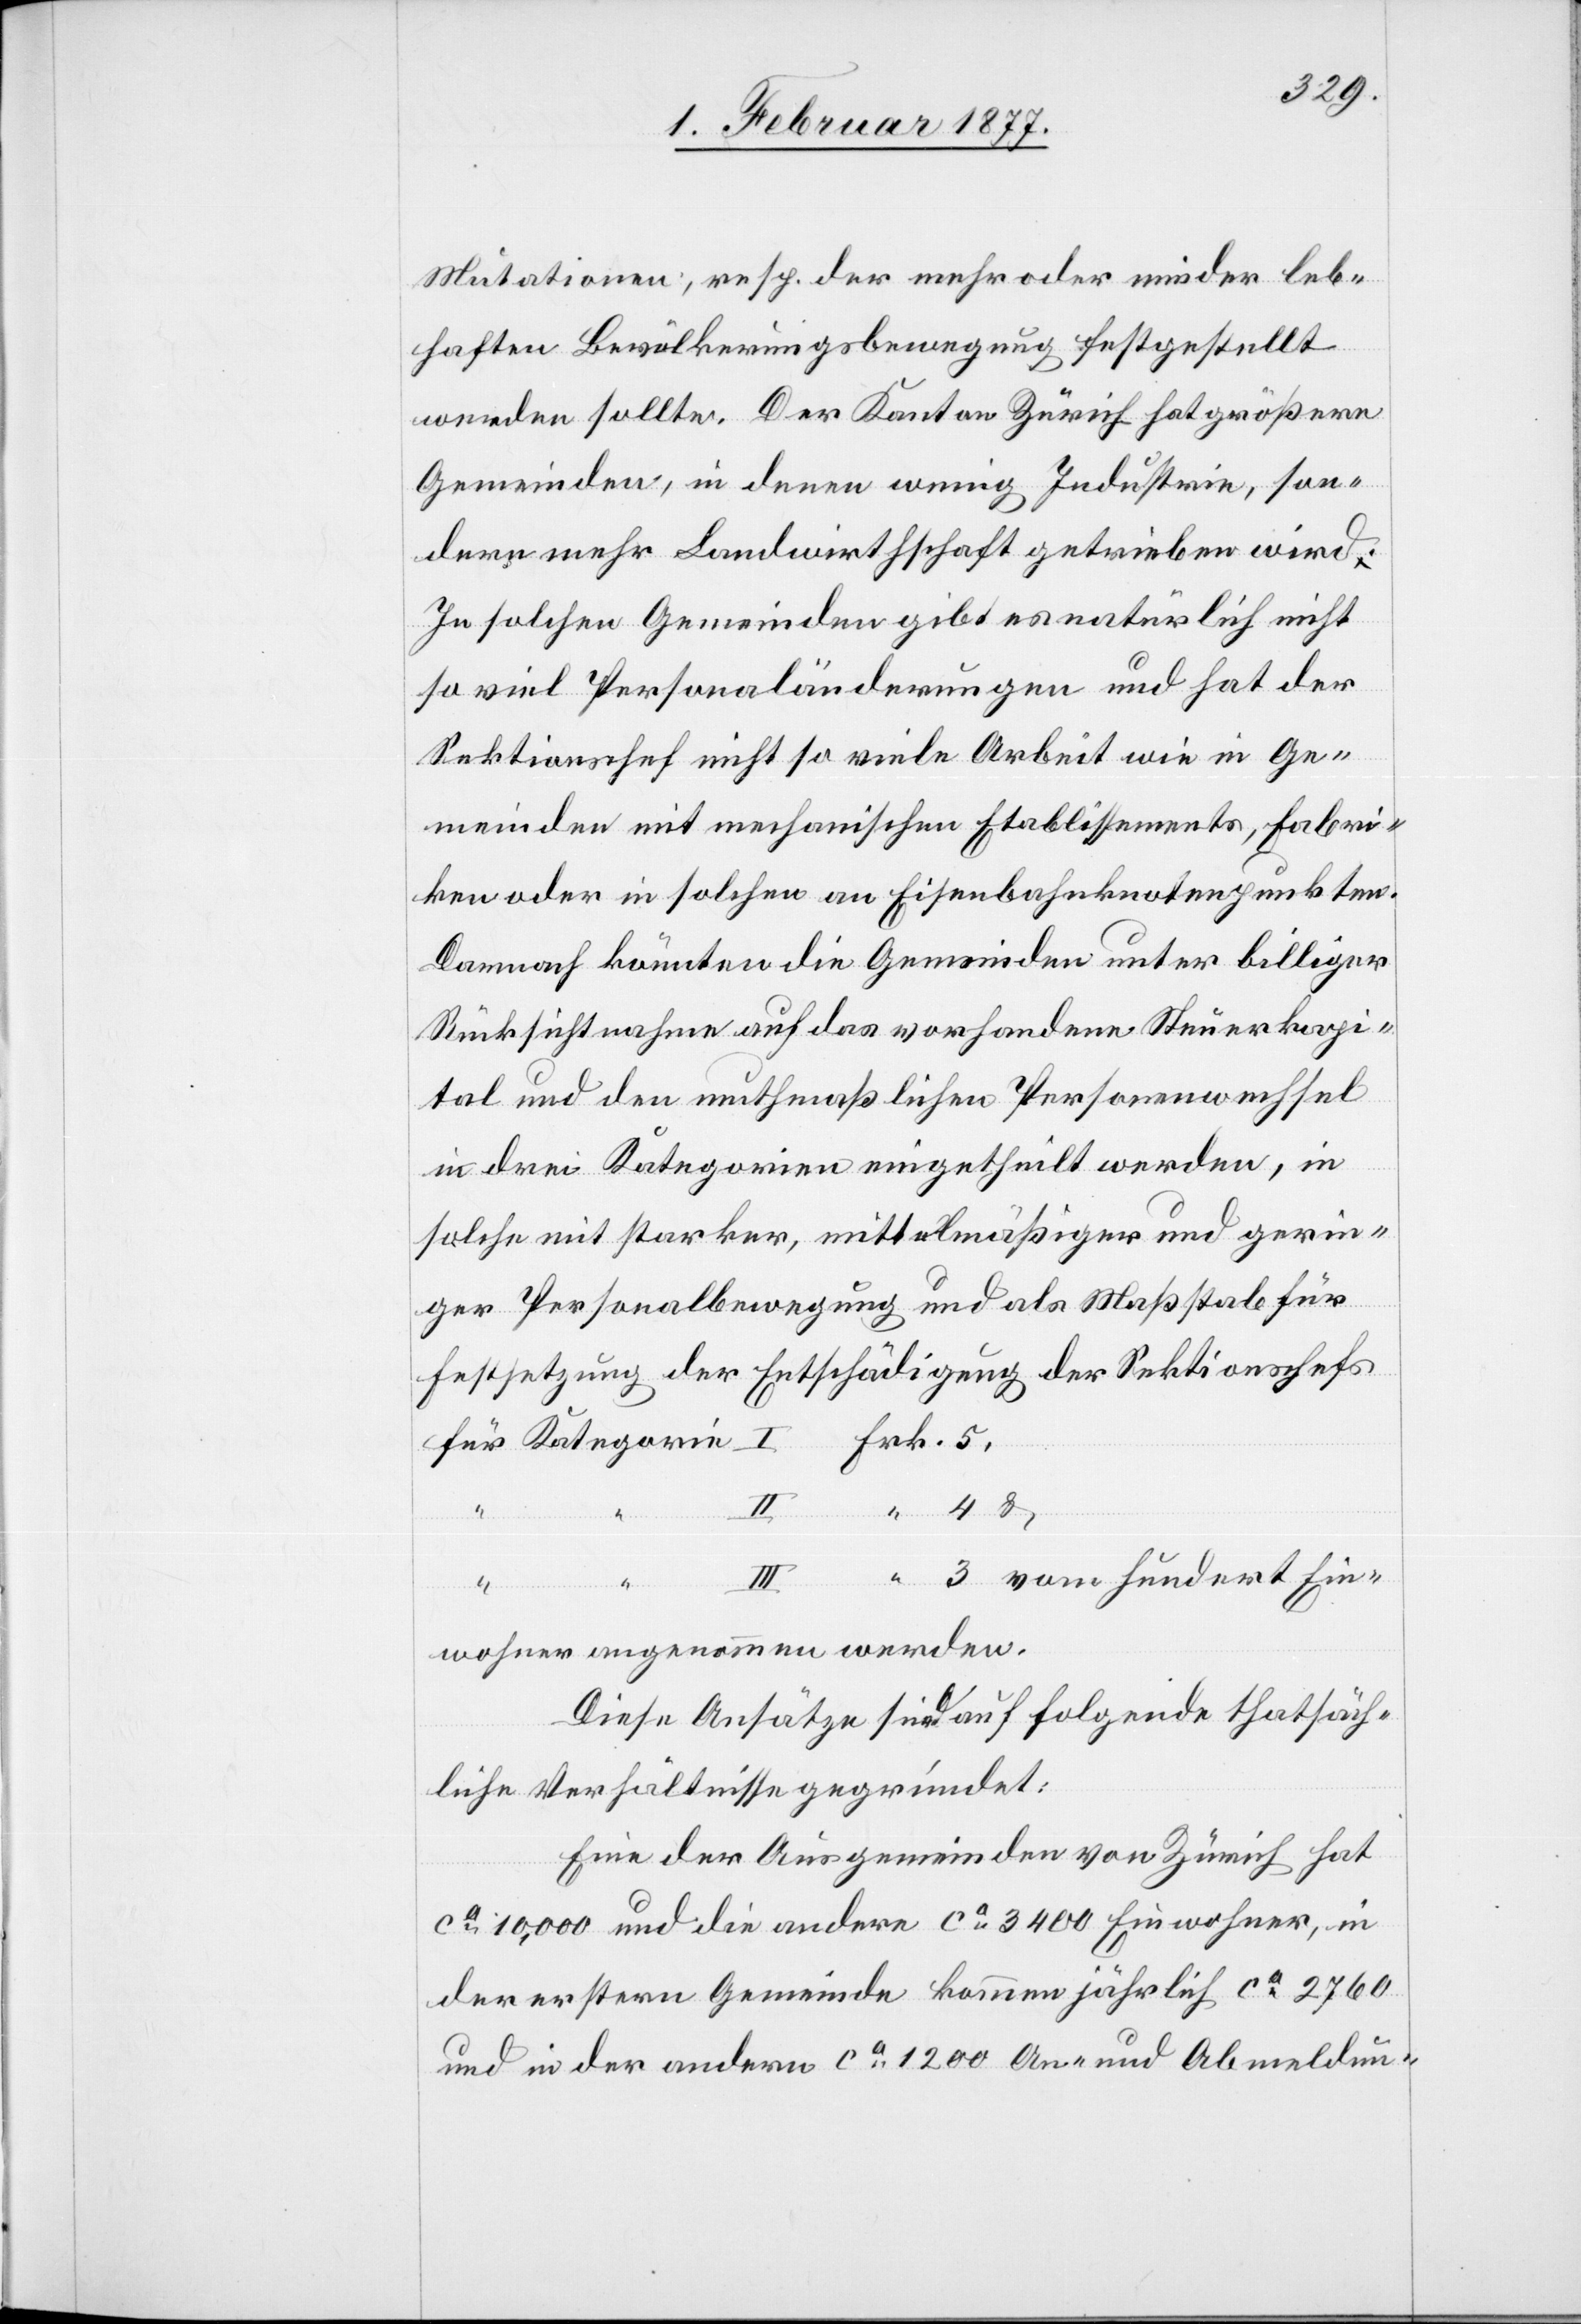
Mutationen, resp. der mehr oder minder leb¬
haften Bevölkerungsbewegung festgestellt
werden sollte. Der Kanton Zürich hat größere
Gemeinden, in denen wenig Industrie, son¬
dern mehr Landwirthschaft getrieben wird.
In solchen Gemeinden gibt es natürlich nicht
so viel Personaländerungen und hat der
Sektionschef nicht so viele [sic!] Arbeit wie in Ge¬
meinden mit mechanischen Etablissements, Fabri¬
ken oder in solchen an Eisenbahnknotenpunkten.
Demnach könnten die Gemeinden unter billiger
Rücksichtnahme auf das vorhandene Steuerkapi¬
tal und den muthmaßlichen Personenwechsel
in drei Kategorien eingetheilt werden, in
solche mit starker, mittelmäßiger und gerin¬
ger Personalbewegung und als Maßstab für
Festsetzung der Entschädigung der Sektionschefs
4
Ein¬
wohner angenommen werden.
Diese Ansätze sind auf folgende thatsäch¬
liche Verhältnisse gegründet:
Eine der Ausgemeinden von Zürich hat
ca 10,000 und die andere ca 3400 Einwohner, in
der ersten Gemeinde kommen jährlich ca 2760
und in der andern ca 1200 An- und Abmeldun-